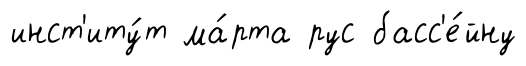
инст'иту́т ма́рта рус басс'е́йну